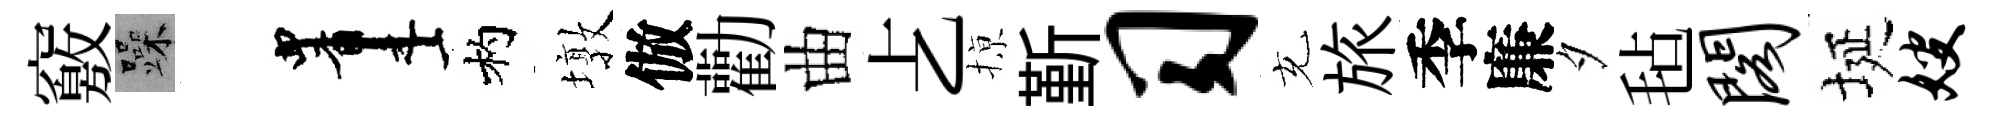
竅躁画杓墩倣勸曲𠧒𢱊斳习充旅季廉夕毡阁埏嫂